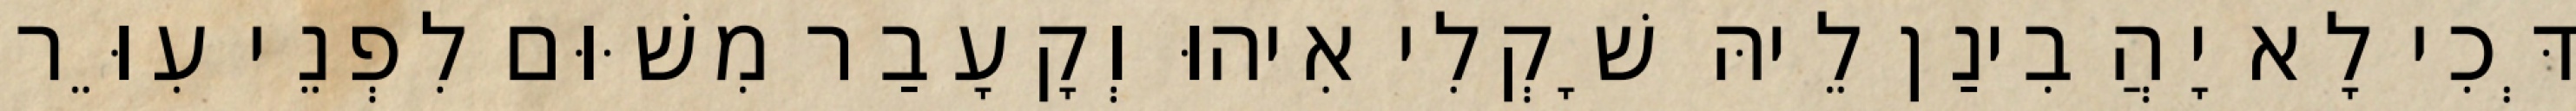
דְּכִי לָא יָהֲבִינַן לֵיהּ שָׁקְלִי אִיהוּ וְקָעָבַר מִשּׁוּם לִפְנֵי עִוֵּר